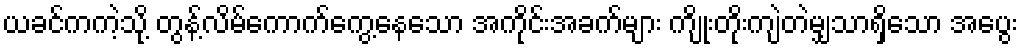
ယခင်ကကဲ့သို့ တွန့်လိမ်ကောက်ကွေ့နေသော အကိုင်းအခက်များ ကျိုးတိုးကျဲတဲမျှသာရှိသော အပွေး